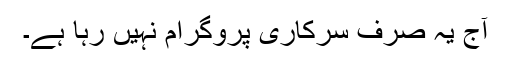
آج یہ صرف سرکاری پروگرام نہیں رہا ہے۔